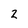
Character: 2